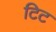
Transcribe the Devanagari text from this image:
टिट